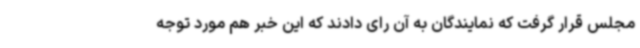
مجلس قرار گرفت که نمایندگان به آن رای دادند که این خبر هم مورد توجه